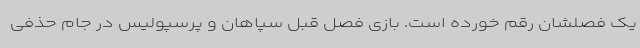
یک فصلشان رقم خورده است. بازی فصل قبل سپاهان و پرسپولیس در جام حذفی